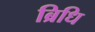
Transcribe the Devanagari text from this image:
ब्रिधि